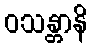
ဝသန္တာနိ